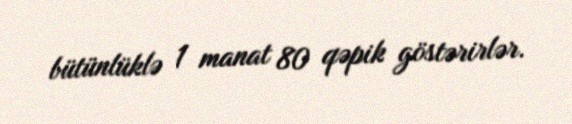
bütünlüklə 1 manat 80 qəpik göstərirlər.